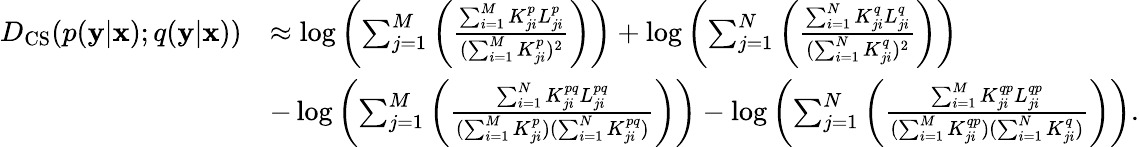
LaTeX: \begin{array}{rl}{D_{\mathrm{CS}}(p(\mathbf{y}|\mathbf{x});q(\mathbf{y}|\mathbf{x}))}&{\approx\log\left(\sum_{j=1}^{M}\left(\frac{\sum_{i=1}^{M}K_{ji}^{p}L_{ji}^{p}}{(\sum_{i=1}^{M}K_{ji}^{p})^{2}}\right)\right)+\log\left(\sum_{j=1}^{N}\left(\frac{\sum_{i=1}^{N}K_{ji}^{q}L_{ji}^{q}}{(\sum_{i=1}^{N}K_{ji}^{q})^{2}}\right)\right)}\\ &{-\log\left(\sum_{j=1}^{M}\left(\frac{\sum_{i=1}^{N}K_{ji}^{pq}L_{ji}^{pq}}{(\sum_{i=1}^{M}K_{ji}^{p})(\sum_{i=1}^{N}K_{ji}^{pq})}\right)\right)-\log\left(\sum_{j=1}^{N}\left(\frac{\sum_{i=1}^{M}K_{ji}^{qp}L_{ji}^{qp}}{(\sum_{i=1}^{M}K_{ji}^{qp})(\sum_{i=1}^{N}K_{ji}^{q})}\right)\right).}\end{array}